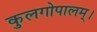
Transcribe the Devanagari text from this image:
कुलगोपालम्‌।